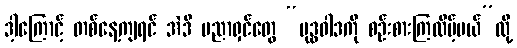
ဒါ့ကြောင့် တစ်နေ့ကျရင် အဲဒီ ပညာရှင်တွေ “ဗုဒ္ဓဝါဒကို စဉ်းစားကြလိမ့်မယ်”လို့